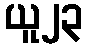
ယူ၂၃